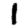
Digit: 1